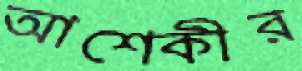
আশেকীর